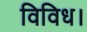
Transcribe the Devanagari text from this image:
विविध।